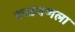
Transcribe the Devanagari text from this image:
कळवणला